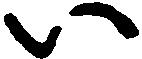
い